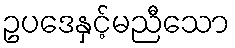
ဥပဒေနှင့်မညီသော